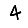
Digit: 4